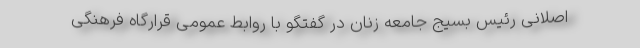
اصلانی رئیس بسیج جامعه زنان در گفتگو با روابط عمومی قرارگاه فرهنگی